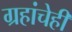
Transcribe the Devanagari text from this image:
ग्रहांचेही